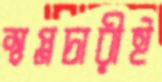
স্বপ্নচারীই